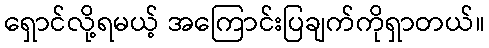
ရှောင်လို့ရမယ့် အကြောင်းပြချက်ကိုရှာတယ်။